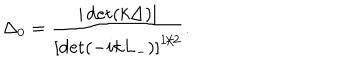
LaTeX: \Delta _ { 0 } = \frac { | \det ( k \Delta ) | } { \left[ \det ( - i k L _ { - } ) \right] ^ { 1 / 2 } } .